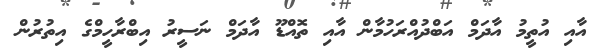
އާއި އުތީމު އާދަމް އަބްދުއްރަހުމާން އާއި ތޮއްޑޫ އާދަމް ނަސީރު އިބްރާހީމްގެ އިތުރުން